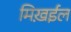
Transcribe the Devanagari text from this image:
मिख़ईल